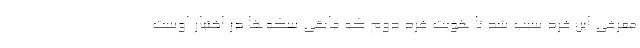
معرفی این فرد سبب شد تا هویت فرد دوم که مابقی سکه‌ها در اختیار اوست